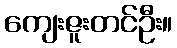
ကျေးဇူးတင်ဦး။